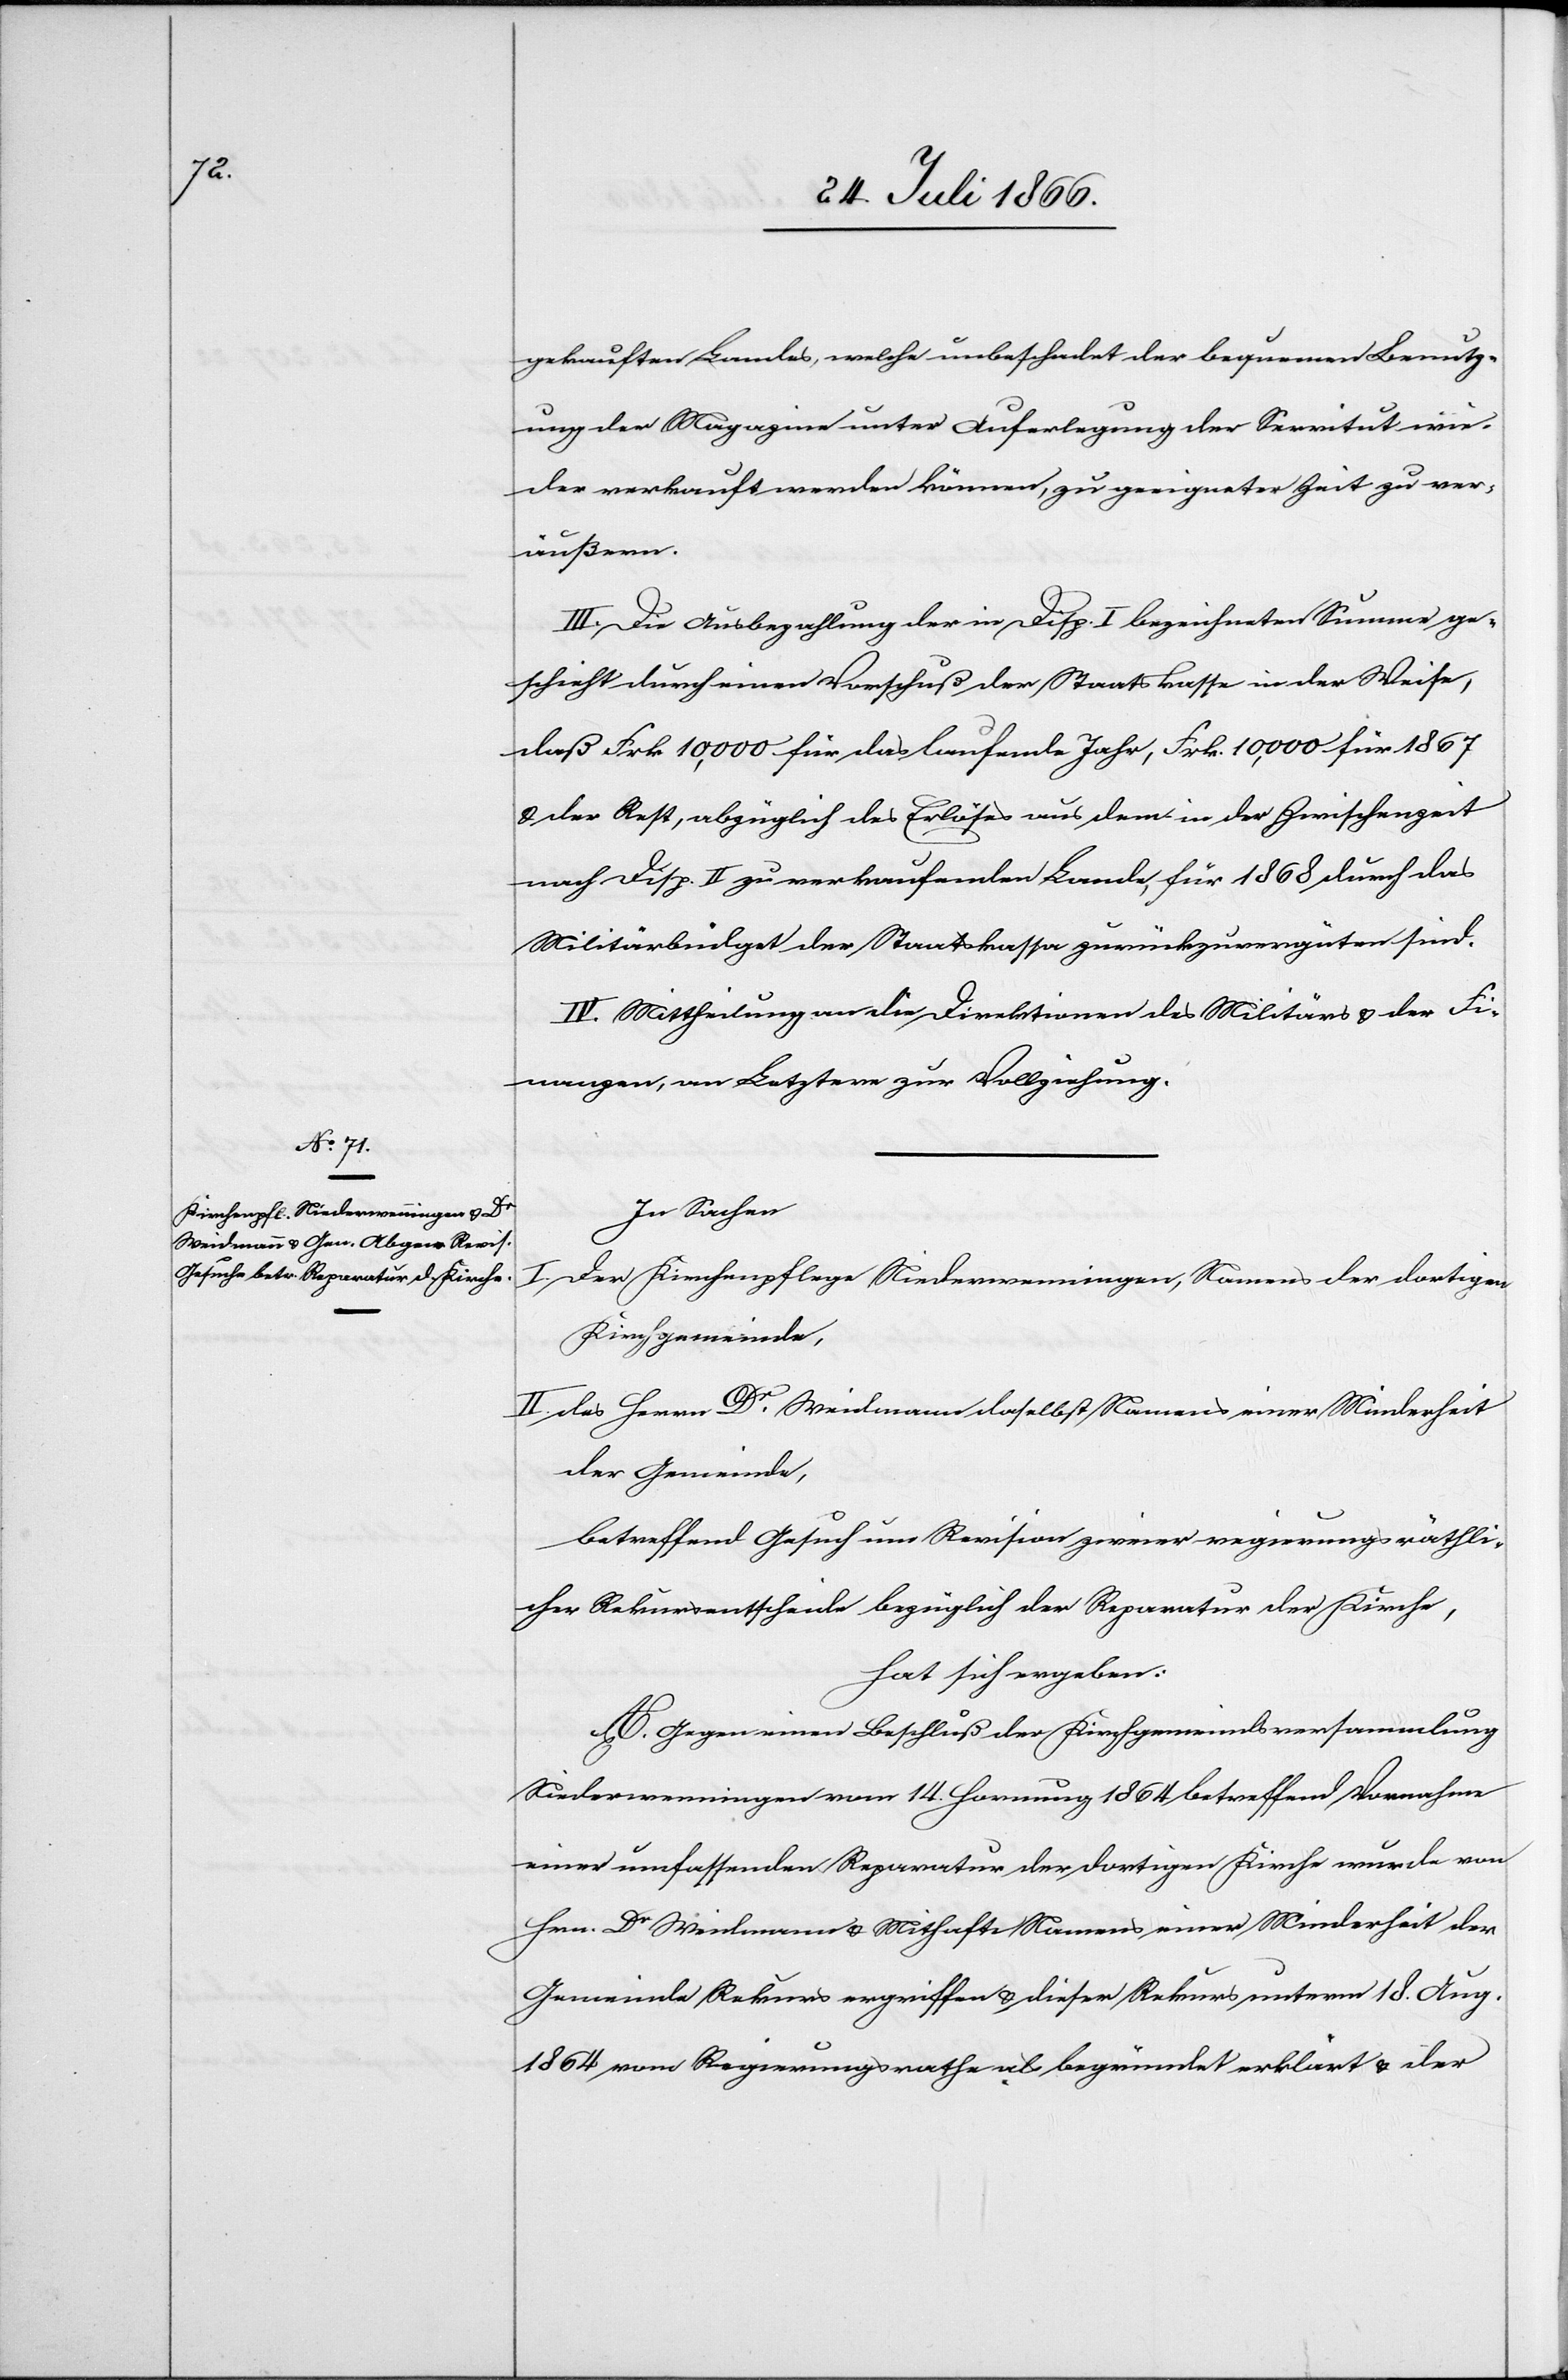
gekauften Landes, welche unbeschadet der bequemen Benutz¬
ung der Magazine unter Auferlegung der Servitut wie¬
der verkauft werden können, zu geeigneter Zeit zu ver¬
äußern.
III. Die Ausbezahlung der in Disp. I bezeichneten Summe ge¬
schieht durch einen Vorschuß der Staatskasse in der Weise,
daß Frk. 10 000 für das laufende Jahr, Frk. 10 000 für 1867
u. der Rest, abzüglich des Erlöses aus dem in der Zwischenzeit
nach Disp. II zu verkaufenden Lande, für 1868 durch das
Militärbüdget der Staatskasse zurückzuvergüten sind.
IV. Mittheilung an die Direktionen des Militärs u. der Fi¬
nanzen, an Letztere zur Vollziehung.
In Sachen
I. der Kirchenpflege Niederwenningen, Namens der dortigen
Kirchgemeinde,
II. des Herrn Dr. Weidmann daselbst Namens einer Minderheit
der Gemeinde,
betreffend Gesuch um Revision zweier regierungsräthli¬
cher Rekursentscheide bezüglich der Reparatur der Kirche,
hat sich ergeben:
A. Gegen einen Beschluß der Kirchgemeindsversammlung
Niederwenningen vom 14. Hornung 1864 betreffend Vornahme
einer umfassenden Reparatur der dortigen Kirche wurde von
Hrn. Dr. Weidmann u. Mithafte Namens einer Minderheit der
Gemeinde Rekurs ergriffen u. dieser Rekurs unterm 18. Aug.
1864 vom Regierungsrathe als begründet erklärt u. der